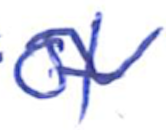
Text: of
Cross-out: wave
Writing tool: ballpoint